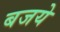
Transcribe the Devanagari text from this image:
बजये